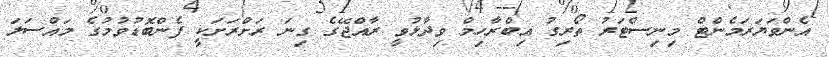
އެންވަޔަރަމެންޓް މިނިސްޓަރު ތޯރިގު އިބްރާހިމް ވިދާޅުވީ ރާއްޖޭގެ ގިނަ ރަށްރަށަކީ ފެންބޮޑުވުމުގެ މައްސަލަ